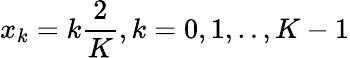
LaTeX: x_{k}=k\frac{2}{K},k=0,1,..,K-1